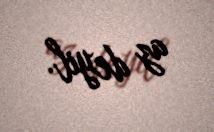
az deyil.